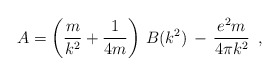
\begin{align*}A = \left(\frac{m}{k^2} + \frac{1}{4m} \right) \,B(k^2) \,- \,\frac{e^2 m}{4 \pi k^2}\,\,\,, \\\end{align*}